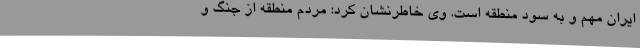
ایران مهم و به سود منطقه است. وی خاطرنشان کرد: مردم منطقه از جنگ و